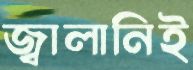
জ্বালানিই